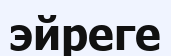
эйреге